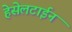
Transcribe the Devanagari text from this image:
हेसेलटाईन